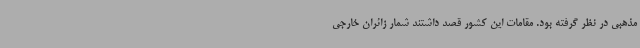
مذهبی در نظر گرفته بود. مقامات این کشور قصد داشتند شمار زائران خارجی